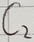
Text: C2